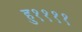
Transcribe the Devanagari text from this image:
हु११११